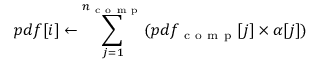
p d f [ i ] \leftarrow \sum _ { j = 1 } ^ { n _ { \mathrm { ~ c ~ o ~ m ~ p ~ } } } ( p d f _ { \mathrm { ~ c ~ o ~ m ~ p ~ } } [ j ] \times \alpha [ j ] )